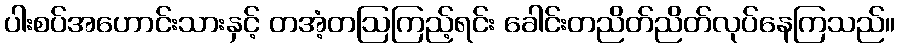
ပါးစပ်အဟောင်းသားနှင့် တအံ့တဩကြည့်ရင်း ခေါင်းတညိတ်ညိတ်လုပ်နေကြသည်။